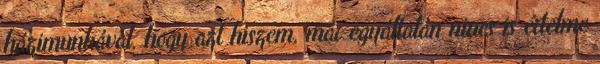
házimunkával, hogy azt hiszem, már egyáltalán nincs is értelme